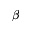
\beta